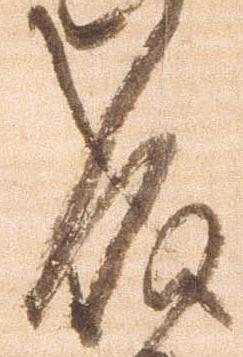
成